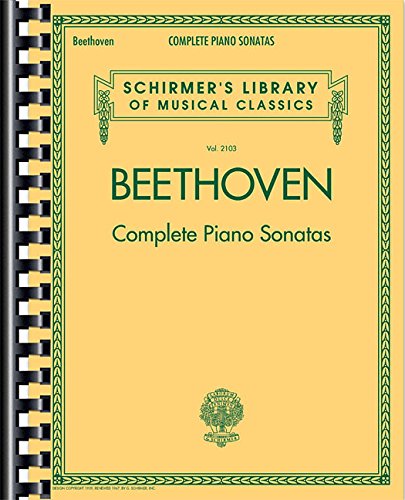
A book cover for Complete Piano Sonatas; Humor & Entertainment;